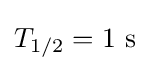
T_{1/2}=1\ \mathrm {s}